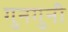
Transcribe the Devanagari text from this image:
गुनगुनी